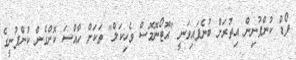
ފޯޑް ކުންފުނިން އިތުރަށް ބުނެފައިވަނީ "އޮޓޯނޮމޮސް ވެހިކަލް" ތަކަށް ހާއްސަ ކޮށްގެން ކުންފުނީގެ